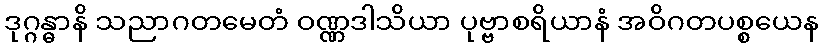
ဒုဂ္ဂန္ဓာနိ သညာဂတမေတံ ဝဏ္ဏဒါသိယာ ပုဗ္ဗာစရိယာနံ အဝိဂတပစ္စယေန